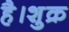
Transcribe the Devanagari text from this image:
है।शुक्र